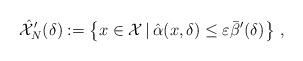
LaTeX: \begin{align*} \hat{\mathcal{X}}'_{N}(\delta):=\left\lbrace x \in \mathcal{X}\, |\, \hat{\alpha}(x,\delta) \leq \varepsilon \bar{\beta}'(\delta) \right\rbrace \, , \end{align*}